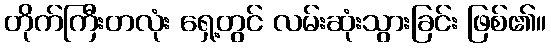
တိုက်ကြီးတလုံး ရှေ့တွင် လမ်းဆုံးသွားခြင်း ဖြစ်၏။